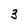
Character: 3